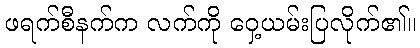
ဖရက်စီနက်က လက်ကို ဝှေ့ယမ်းပြလိုက်၏။